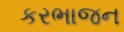
કરભાજન